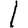
Digit: 1